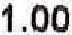
1.00